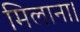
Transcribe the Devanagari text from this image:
मिलाना।